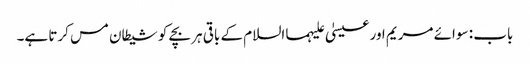
باب : سوائے مریم اور عیسیٰ علیہما السلام کے باقی ہر بچے کو شیطان مس کرتا ہے۔